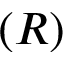
( R )